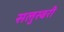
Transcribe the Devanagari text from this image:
सलुस्बरी